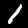
Label: 1